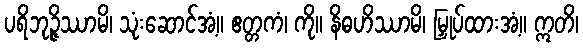
ပရိဘုဉ္ဇိဿာမိ၊ သုံးဆောင်အံ့။ ဧတ္တကံ၊ ကို။ နိဓဟိဿာမိ၊ မြှုပ်ထားအံ့။ ဣတိ၊